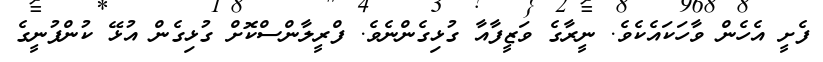
ފެށީ އެހެން ވާހަކައެކެވެ. ނީރާގެ ވަޒީފާއާ ގުޅިގެންނެވެ. ފްރީލާންސްކޮށް ގުޅިގެން އުޅޭ ކުންފުނީގެ